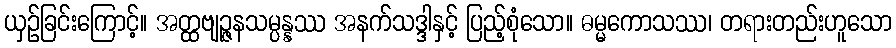
ယှဉ်ခြင်းကြောင့်။ အတ္ထဗျဉ္ဇနသမ္ပန္နဿ အနက်သဒ္ဒါနှင့် ပြည့်စုံသော။ ဓမ္မကောသဿ၊ တရားတည်းဟူသော